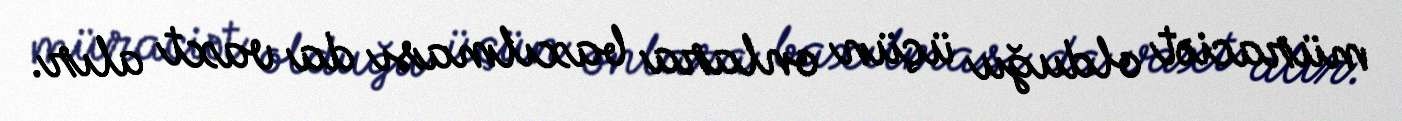
müraciət olduğu üçün onlara baxılması da vaxt alır.